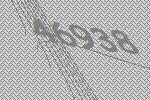
46938